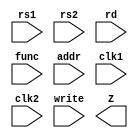
`timescale 1ns / 1ps
//////////////////////////////////////////////////////////////////////////////////
// Company: 
// Engineer: 
// 
// Design Name: 
// Module Name:    pipeline 
// Project Name: 
// Target Devices: 
// Tool versions: 
// Description: 
//
// Dependencies: 
//
// Revision: 
// Revision 0.01 - File Created
// Additional Comments: 
//
//////////////////////////////////////////////////////////////////////////////////
module pipeline(rs1,rs2,rd,func,addr,clk1,clk2,write,Z);
input [3:0] rs1,rs2,rd,func;
input [7:0] addr;
input write,clk1,clk2;
output [15:0] Z;

reg [15:0] p_A,p_B,q_Z,r_Z;
reg [3:0] p_rd,p_func,q_rd;
reg [7:0] p_addr,q_addr,r_addr;

reg [15:0] regbank [0:15];
reg [15:0] mem[0:255];

assign Z=r_Z;

//stage 1

always@(posedge clk1)
begin
	p_A <= #2 regbank[rs1];
	p_B <= #2 regbank[rs2];
	p_rd <= #2 rd;
	p_func <= #2 func;
	p_addr <= #2 addr;
end

//stage 2

always@(negedge clk2)
begin
	case(func)
	0 : q_Z <= #2 p_A + p_B;
	1 : q_Z <= #2 p_A - p_B;
	2 : q_Z <= #2 p_A * p_B;
	3 : q_Z <= #2 p_A & p_B;
	4 : q_Z <= #2 p_A | p_B;
	5 : q_Z <= #2 p_A ^ p_B;
	6 : q_Z <= #2 p_A ;
	8 : q_Z <= #2 p_B;
	default :  q_Z <= #2 16'hxxxx;
	endcase
	
	q_rd <= #2 p_rd;
	q_addr <= #2 p_addr;
end

//stage 3
always@(posedge clk1)
begin
	regbank[q_rd] <= #2 q_Z;
	q_Z <= #2 r_Z;
	q_addr <= #2 q_addr;
end

//stage 4
always@(negedge clk2)
begin 
	mem[r_addr] <= #2 r_Z;
end
	
endmodule